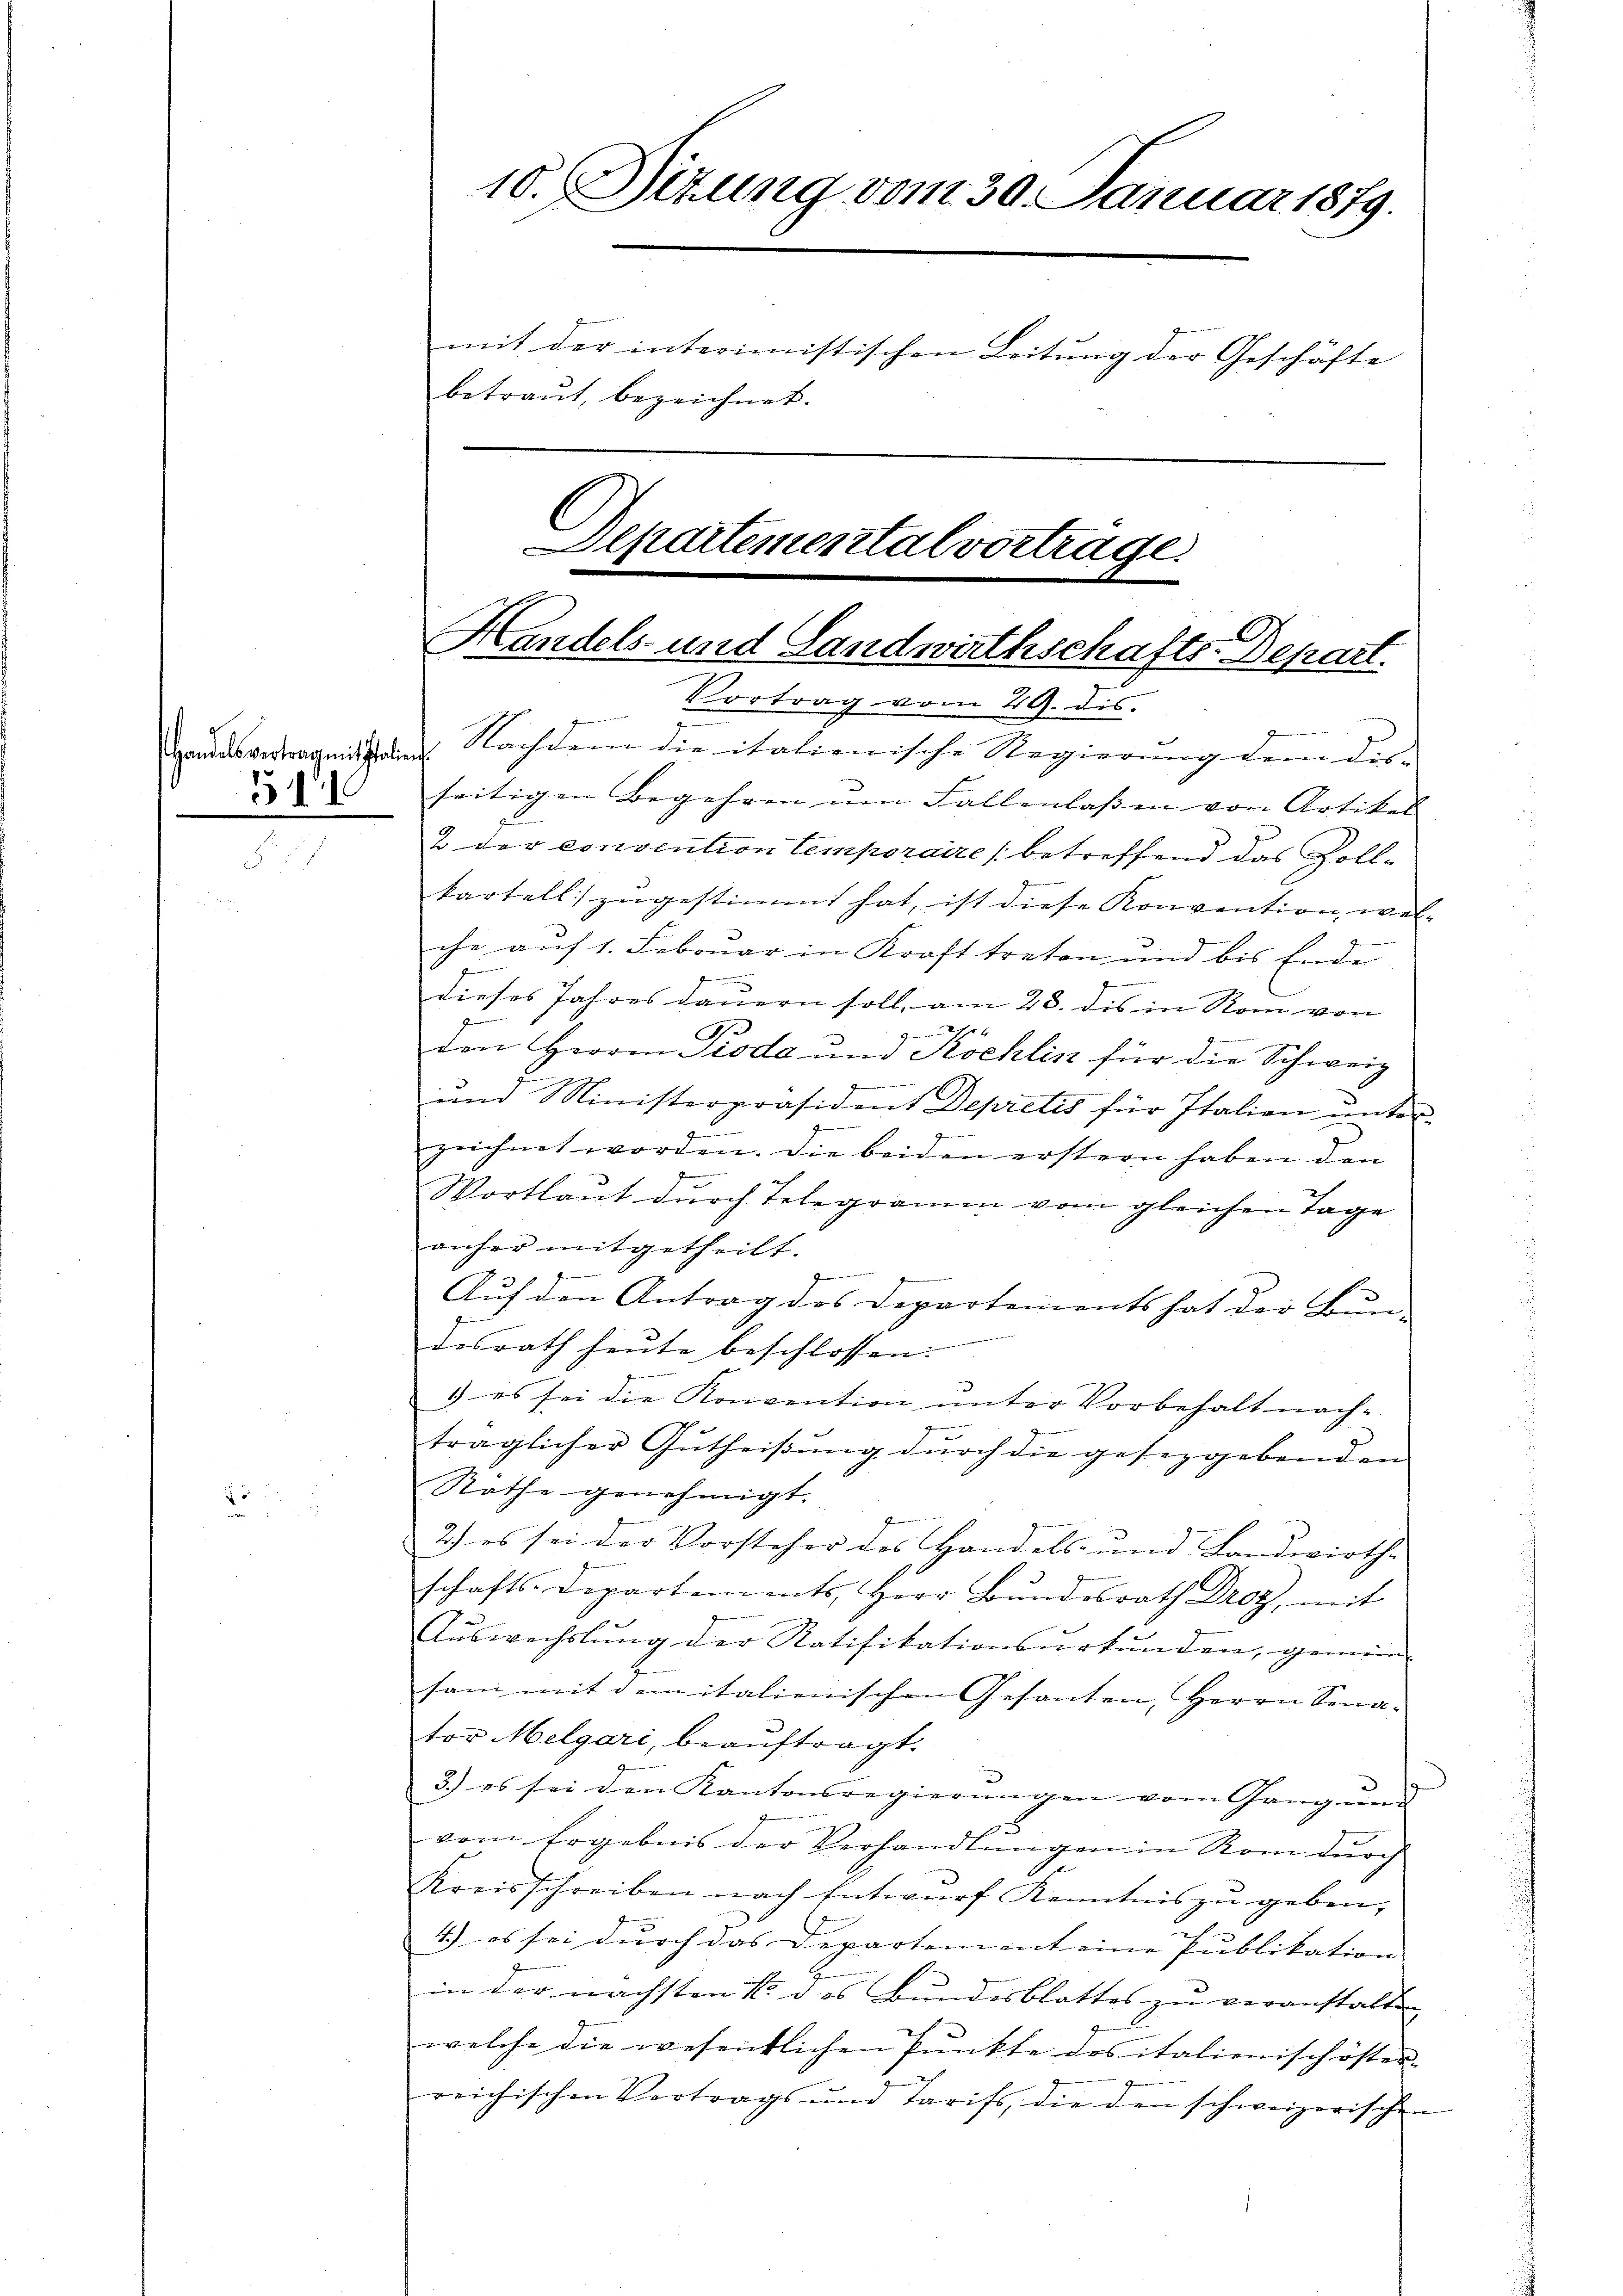
Handelsvertrag mit Italien¬
51

10. Situng vom 30. Januar 1879.
mit der interimistischen Leitung der Geschäfte
betraut, bezeichnet.

Nachdem die italionische Regierung dem dis-
seitigen Begehren um Fallenlassen von Artikel
2 der convention temporaire (betreffend das Zollkartell zŭgestimmt hat, ist diese Konvention wel-
che auf 1. Februar in Kraft treten und bis Ende
z
n
dieses Jahres dauern soll, am 28. des in Rom von
t
den Herren Pioda und Köchlin für die Schweiz
und Ministerpräsident Depretis für Italien unter-
zeichnet worden. Die beiden erstern haben den
Wortlaut durch Telegramm vom gleichen Tage
anher mitgetheilt.
e
Auf den Antrag des Departements hat der Bur-
desrath heute beschlossen:
. es sei die Konvention ŭnter Vorbehalt nach-
7
träglicher Gutheißung dŭrch die geseggebenden
Rathe genehmigt.
2.) es sei der Vorsteher des Handels- und Landwirth-
schafts-Departements, Herr Bŭndesrath Droz, mit
Auswechslung der Ratifikationsurkunden, gemein-
sam mit dem italienischen Gesanten, Herrn Sena-
tor Melgari, beauftragt.
3.) es sei den Kantonsregierungen vom Gang und
1
vom Ergebnis der Verhandlungen in Rom durch
Kreisschreiben nach Entwurf Kenntnis zu geben,
4.) es sei durch das Departement eine Publikation
in der nächsten 1 des Bundesblattes zu veranstalten |
welche die wesentlichen Punkte des italienisch öster-
reichischen Vertrags und Tarifs, die den schweizerischen

Departemental vortrage
Handels- und Landwirthschafts-Depart.
Vortrag vom 29. dis.